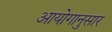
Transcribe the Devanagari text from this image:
आयोगानुसार